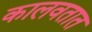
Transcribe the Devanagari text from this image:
कालवतात